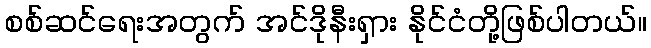
စစ်ဆင်ရေးအတွက် အင်ဒိုနီးရှား နိုင်ငံတို့ဖြစ်ပါတယ်။